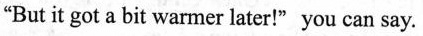
"But it got a bit warmer later！" you can say.